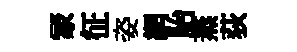
冡征姿網胎蒸荻